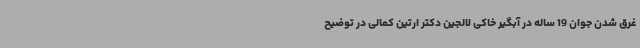
غرق شدن جوان 19 ساله در آبگیر خاکی لالجین دکتر ارتین کمالی در توضیح